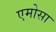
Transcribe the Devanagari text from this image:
एमोसा